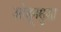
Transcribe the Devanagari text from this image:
ओढूनसुद्धा